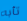
تأبه